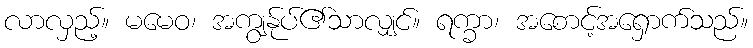
လာလှည့်။ မမေဝ၊ အကျွန်ုပ်၏သာလျှင်။ ရက္ခာ၊ အစောင့်အရှောက်သည်။